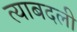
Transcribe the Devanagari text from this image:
त्याबदली